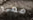
معي